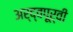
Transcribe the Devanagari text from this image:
अर्द्वपूर्वी